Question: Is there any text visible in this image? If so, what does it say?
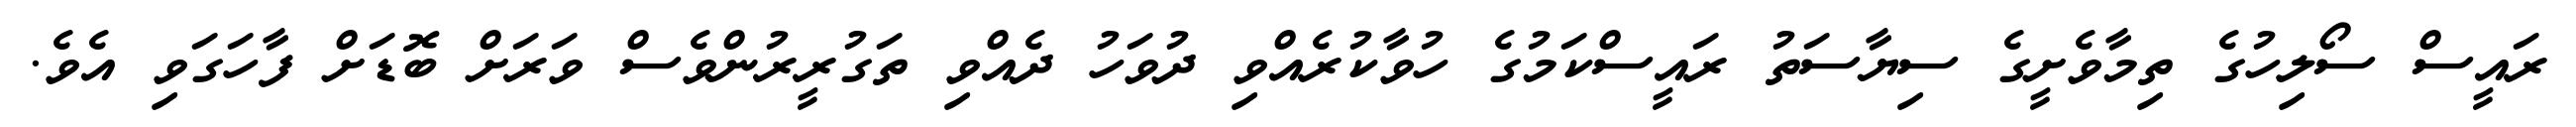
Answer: ރައީސް ސޯލިހުގެ ތިމާވެށީގެ ސިޔާސަތު ރައީސްކަމުގެ ހުވާކުރެއްވި ދުވަހު ދެއްވި ތަގުރީރުންވެސް ވަރަށް ބޮޑަށް ފާހަގަވި އެވެ.